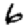
Digit: 6